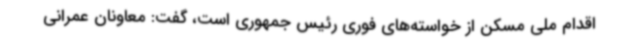
اقدام ملی مسکن از خواسته‌های فوری رئیس جمهوری است، گفت: معاونان عمرانی